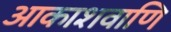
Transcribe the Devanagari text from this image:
आकाशवाणि